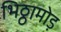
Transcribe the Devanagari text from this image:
भिठ्ठामोड़